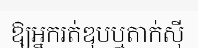
ឱ្យអ្នករត់ឌុបឬតាក់ស៊ី